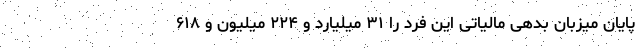
پایان میزبان بدهی مالیاتی این فرد را ۳۱ میلیارد و ۲۲۴ میلیون و ۶۱۸